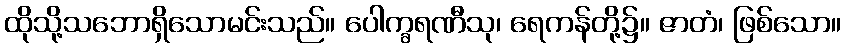
ထိုသို့သဘောရှိသောမင်းသည်။ ပေါက္ခရဏီသု၊ ရေကန်တို့၌။ ဇာတံ၊ ဖြစ်သော။